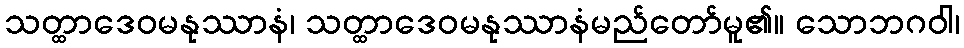
သတ္ထာဒေဝမနုဿာနံ၊ သတ္ထာဒေဝမနုဿာနံမည်တော်မူ၏။ သောဘဂဝါ၊